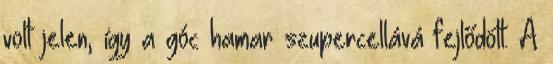
volt jelen, így a góc hamar szupercellává fejlődött. A